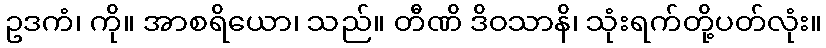
ဥဒကံ၊ ကို။ အာစရိယော၊ သည်။ တီဏိ ဒိဝသာနိ၊ သုံးရက်တို့ပတ်လုံး။